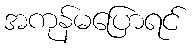
အကုန်မပြောရင်